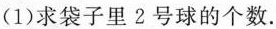
(1)求袋子里2号球的个数.